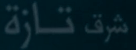
تازة شرف